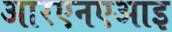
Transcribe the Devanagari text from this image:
आरएनएआइ